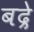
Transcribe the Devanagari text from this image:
बद्रे